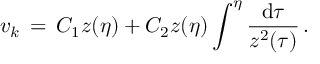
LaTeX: v _ { k } \, = \, C _ { 1 } z ( \eta ) + C _ { 2 } z ( \eta ) \int ^ { \eta } \frac { \mathrm { d } \tau } { z ^ { 2 } ( \tau ) } \, .